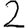
Digit: 2